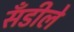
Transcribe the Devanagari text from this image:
सँडीले